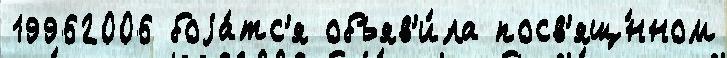
19962006 боjа́тс'я объяв'и́ла посв'ящ́нном